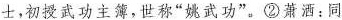
士，初授武功主簿，世称”姚武功”。②萧洒：同